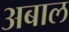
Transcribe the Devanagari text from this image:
अबाल